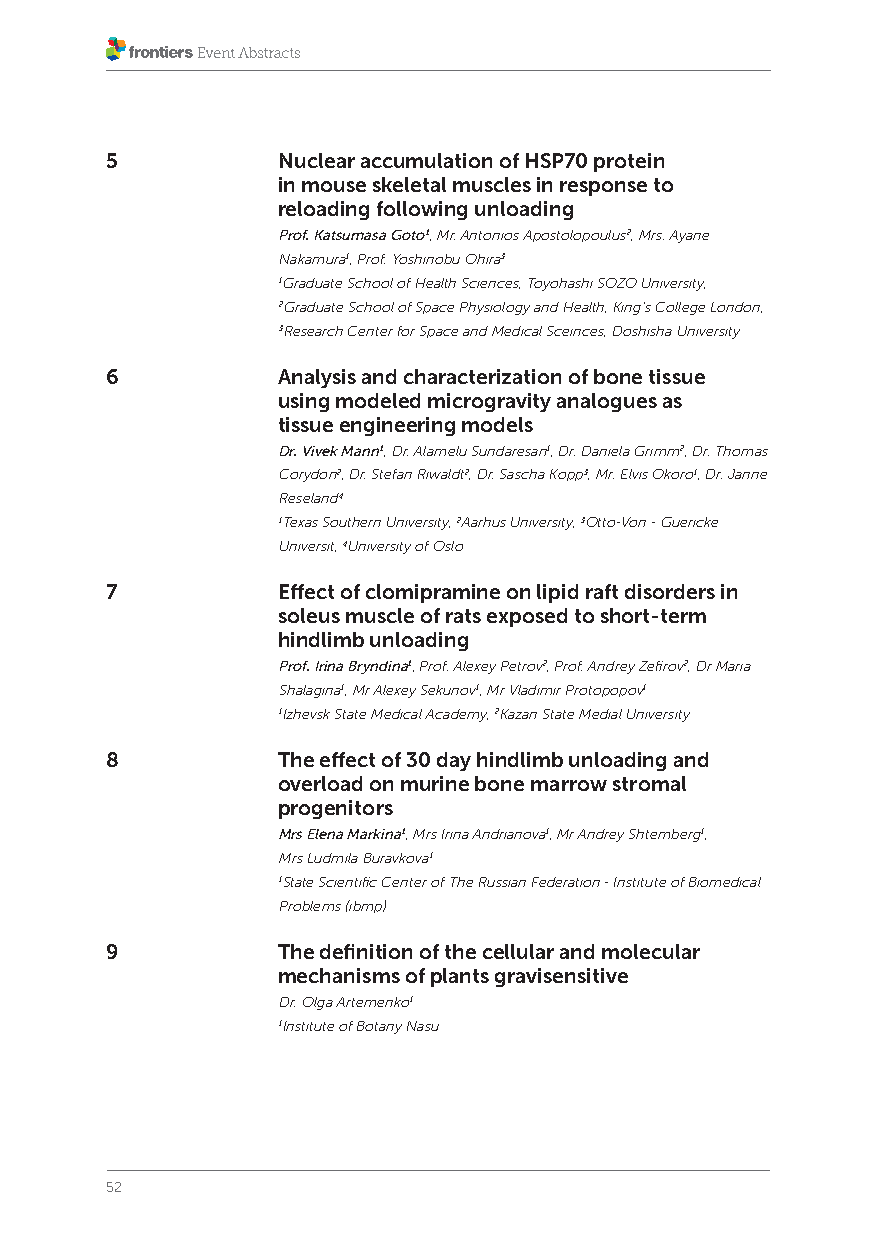
5          Nuclear accumulation of HSP70 protein
 in mouse skeletal muscles in response to
 reloading following unloading
 Prof. Katsumasa Goto1, Mr. Antonios Apostolopoulus2, Mrs. Ayane
 Nakamura1, Prof. Yoshinobu Ohira3
 1Graduate School of Health Sciences, Toyohashi SOZO University,
 2Graduate School of Space Physiology and Health, King’s College London,
 3Research Center for Space and Medical Sceinces, Doshisha University
 6          Analysis and characterization of bone tissue
 using modeled microgravity analogues as
 tissue engineering models
 Dr. Vivek Mann1, Dr. Alamelu Sundaresan1, Dr. Daniela Grimm2, Dr. Thomas
 Corydon2, Dr. Stefan Riwaldt2, Dr. Sascha Kopp3, Mr. Elvis Okoro1, Dr. Janne
 Reseland4
 1Texas Southern University, 2Aarhus University, 3Otto-Von - Guericke
 Universit, 4University of Oslo
 7          Effect of clomipramine on lipid raft disorders in
 soleus muscle of rats exposed to short-term
 hindlimb unloading
 Prof. Irina Bryndina1, Prof. Alexey Petrov2, Prof. Andrey Zefirov2, Dr Maria
 Shalagina1, Mr Alexey Sekunov1, Mr Vladimir Protopopov1
 1Izhevsk State Medical Academy, 2Kazan State Medial University
 8          The effect of 30 day hindlimb unloading and
 overload on murine bone marrow stromal
 progenitors
 Mrs Elena Markina1, Mrs Irina Andrianova1, Mr Andrey Shtemberg1,
 Mrs Ludmila Buravkova1
 1State Scientific Center of The Russian Federation - Institute of Biomedical
 Problems (ibmp)
 9          The definition of the cellular and molecular
 mechanisms of plants gravisensitive
 Dr. Olga Artemenko1
 1Institute of Botany Nasu
 52